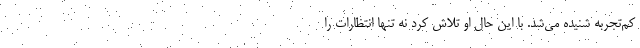
کم‌تجربه شنیده می‌شد. با این حال او تلاش کرد نه تنها انتظارات را